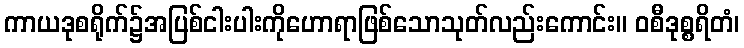
ကာယဒုစရိုက်၌အပြစ်ငါးပါးကိုဟောရာဖြစ်သောသုတ်လည်းကောင်း။ ဝစီဒုစ္စရိတံ၊